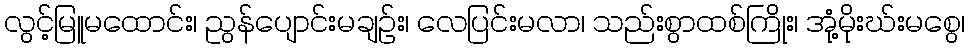
လွင့်မြူမထောင်း၊ ညွန်ပျောင်းမချဉ်း၊ လေပြင်းမလာ၊ သည်းစွာထစ်ကြိုး၊ အုံ့မိုးဃ်းမစွေ၊